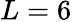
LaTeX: L=6